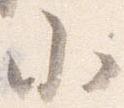
北